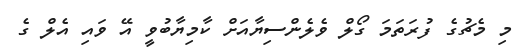
މި މެޗުގެ ފުރަތަމަ ގޯލް ވެލެންސިޔާއަށް ކާމިޔާބުވީ އޭ ވައި އެލް ގެ